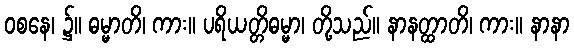
ဝစနေ၊ ၌။ ဓမ္မာတိ၊ ကား။ ပရိယတ္တိဓမ္မာ၊ တို့သည်။ နာနတ္ထာတိ၊ ကား။ နာနာ